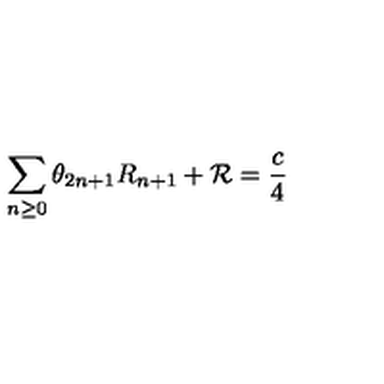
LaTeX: \sum _ { n \geq 0 } \theta _ { 2 n + 1 } R _ { n + 1 } + { \cal R } = \frac { c } { 4 }